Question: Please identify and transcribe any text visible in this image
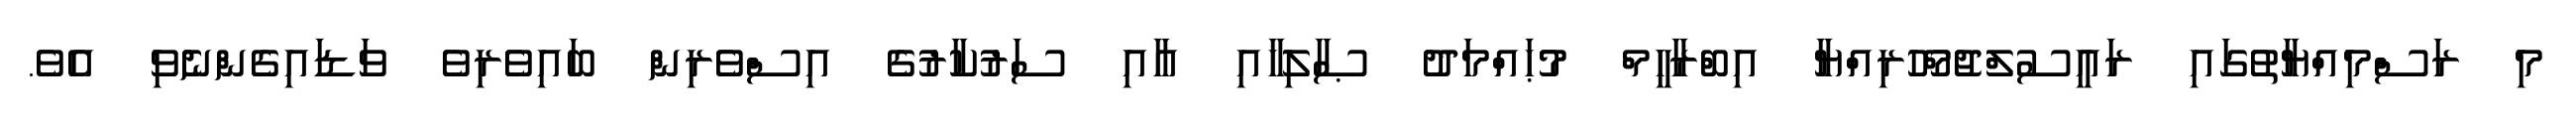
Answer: މި ރަސްމިއްޔާތުގައި ރައީސުލްޖުމްހޫރިއްޔާ އިބްރާހީމް މުޙައްމަދު ޞާލިހާއި އާއި ސަރުކާރުގެ އިސްވެރިން ބައިވެރިވެ ވަޑައިގެންނެވި އެވެ.